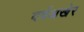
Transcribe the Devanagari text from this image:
वर्षअखेर